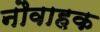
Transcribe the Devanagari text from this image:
नौवाहक